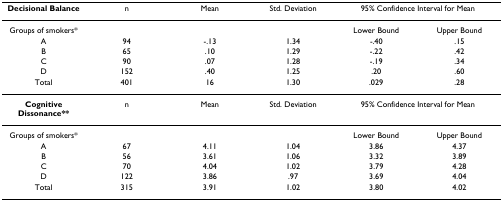
<table><thead><tr><td><b>Decisional Balance</b></td><td><b>n</b></td><td><b>Mean</b></td><td><b>Std. Deviation</b></td><td colspan="2"><b>95% Confidence Interval for Mean</b></td></tr></thead><tbody><tr><td>Groups of smokers*</td><td></td><td></td><td></td><td>Lower Bound</td><td>Upper Bound</td></tr><tr><td>A</td><td>94</td><td>-.13</td><td>1.34</td><td>-.40</td><td>.15</td></tr><tr><td>B</td><td>65</td><td>.10</td><td>1.29</td><td>-.22</td><td>.42</td></tr><tr><td>C</td><td>90</td><td>.07</td><td>1.28</td><td>-.19</td><td>.34</td></tr><tr><td>D</td><td>152</td><td>.40</td><td>1.25</td><td>.20</td><td>.60</td></tr><tr><td>Total</td><td>401</td><td>16</td><td>1.30</td><td>.029</td><td>.28</td></tr><tr><td><b>Cognitive Dissonance**</b></td><td>n</td><td>Mean</td><td>Std. Deviation</td><td colspan="2">95% Confidence Interval for Mean</td></tr><tr><td>Groups of smokers*</td><td></td><td></td><td></td><td>Lower Bound</td><td>Upper Bound</td></tr><tr><td>A</td><td>67</td><td>4.11</td><td>1.04</td><td>3.86</td><td>4.37</td></tr><tr><td>B</td><td>56</td><td>3.61</td><td>1.06</td><td>3.32</td><td>3.89</td></tr><tr><td>C</td><td>70</td><td>4.04</td><td>1.02</td><td>3.79</td><td>4.28</td></tr><tr><td>D</td><td>122</td><td>3.86</td><td>.97</td><td>3.69</td><td>4.04</td></tr><tr><td>Total</td><td>315</td><td>3.91</td><td>1.02</td><td>3.80</td><td>4.02</td></tr></tbody></table>